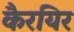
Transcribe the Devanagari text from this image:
कैरयिर